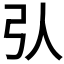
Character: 𢎢